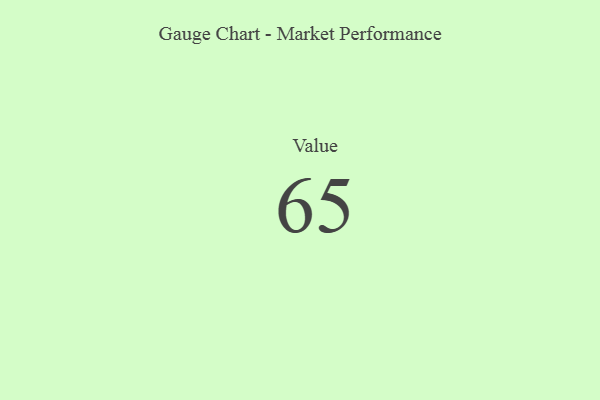
{"axis": {"x": "Metric", "y": "Value"}, "legend": [""], "data": [{"x": "Value", "y": 65, "type": ""}]}